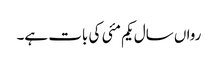
رواں سال یکم مئی کی بات ہے۔